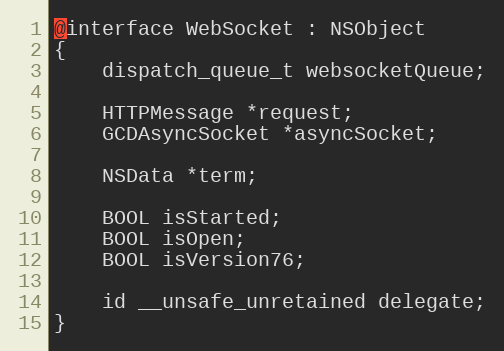
Language: C
@interface WebSocket : NSObject
{
    dispatch_queue_t websocketQueue;

    HTTPMessage *request;
    GCDAsyncSocket *asyncSocket;

    NSData *term;

    BOOL isStarted;
    BOOL isOpen;
    BOOL isVersion76;

    id __unsafe_unretained delegate;
}